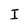
Character: I